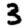
Digit: 3